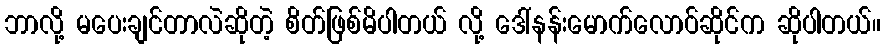
ဘာလို့ မပေးချင်တာလဲဆိုတဲ့ စိတ်ဖြစ်မိပါတယ် လို့ ဒေါ်နန်းမောက်လောဝ်ဆိုင်က ဆိုပါတယ်။